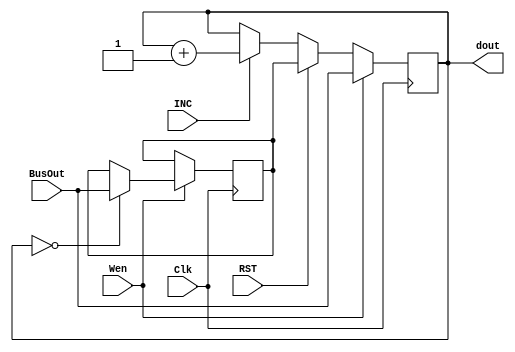
module Module_RP_CP(Wen, BusOut, Clk, RST, INC, dout);
  input Wen, Clk, RST, INC;
  input[7:0] BusOut;
  output reg[7:0] dout = 8'd0;
  reg[7:0] rbase = 8'd0;
  always @(posedge Clk)
    begin
        if (Wen)
            begin
					if((dout == 8'd0))	rbase <= BusOut;           
					dout <= BusOut;
            end
        else if (RST) dout <= rbase;
        else if (INC) dout <= dout+8'd1;
        else            dout <= dout;
      
    end
endmodule